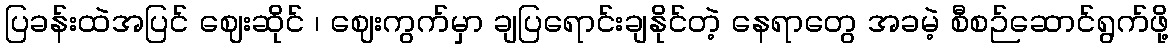
ပြခန်းထဲအပြင် ဈေးဆိုင် ၊ ဈေးကွက်မှာ ချပြရောင်းချနိုင်တဲ့ နေရာတွေ အခမဲ့ စီစဉ်ဆောင်ရွက်ဖို့